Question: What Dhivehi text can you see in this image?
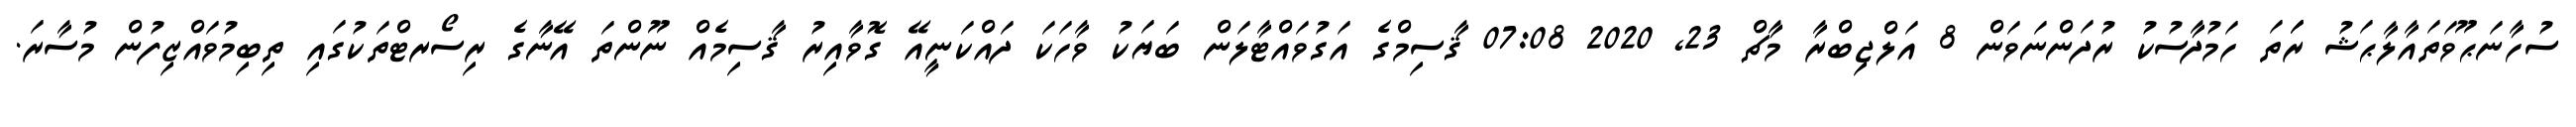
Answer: ސުހާނަޙޫވަތައާލާޙަޝު ރަަތަ ހަމުދާސުކު ރުދަންނަވަން 8 އަލްޖިބްރާ މާޗް 23, 2020 07:08 ޤާސިމްގެ އަގުވައްޓާލަން ބަޔަކު ވާހަކަ ދައްކަނީއޭ ގޮވާއިރު ޤާސިމެއް ނޫންތަ އޭނާގެ ރިސޯރޓްތަކުގައި ތިބިމުވައްޒިފުން މުސާރަ.